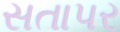
સતાપર